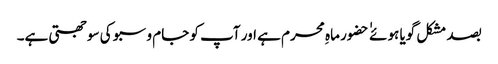
بصد مشکل گویا ہوئے ٰ ٰ حضور ماہِ محرم ہے اور آپ کو جام و سبو کی سوجھتی ہے۔